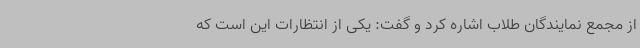
از مجمع نمایندگان طلاب اشاره کرد و گفت: یکی از انتظارات این است که